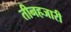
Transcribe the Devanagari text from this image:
तीनहजारी